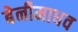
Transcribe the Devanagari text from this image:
बेनीमाधव